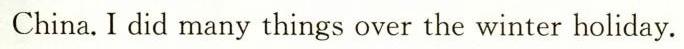
China.I did many things over the winter holiday.